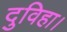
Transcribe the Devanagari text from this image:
दुविहा।